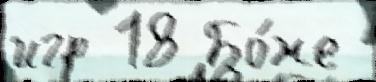
игр 18 Бо́же